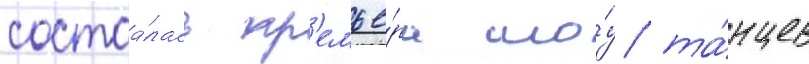
состоа́лась пр'емье́ра шо́у та́нцев